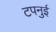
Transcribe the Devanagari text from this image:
टपनुई